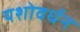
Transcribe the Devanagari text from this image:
यशोवर्धन